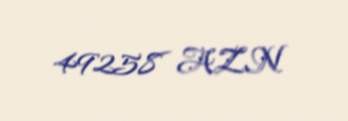
49258 AZN